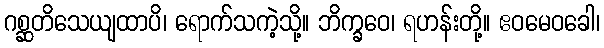
ဂစ္ဆတိသေယျထာပိ၊ ရောက်သကဲ့သို့။ ဘိက္ခဝေ၊ ရဟန်းတို့။ ဧဝမေဝခေါ၊